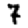
Digit: 7